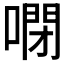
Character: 𠻻